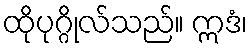
ထိုပုဂ္ဂိုလ်သည်။ ဣဒံ၊